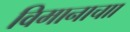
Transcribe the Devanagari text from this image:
विमानाचाा